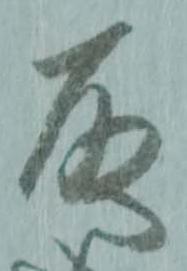
取